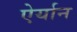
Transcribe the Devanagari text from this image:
ऐर्यान